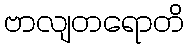
ဗာလျတရောတိ